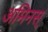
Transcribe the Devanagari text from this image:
अमिनस्